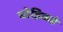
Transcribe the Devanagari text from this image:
चोहिकडे